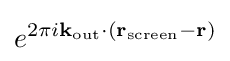
e^{2\pi i\mathbf {k} _{\text{out}}\cdot \left(\mathbf {r} _{\text{screen}}-\mathbf {r} \right)}